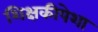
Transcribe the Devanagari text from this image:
शिक्षकीपेशा